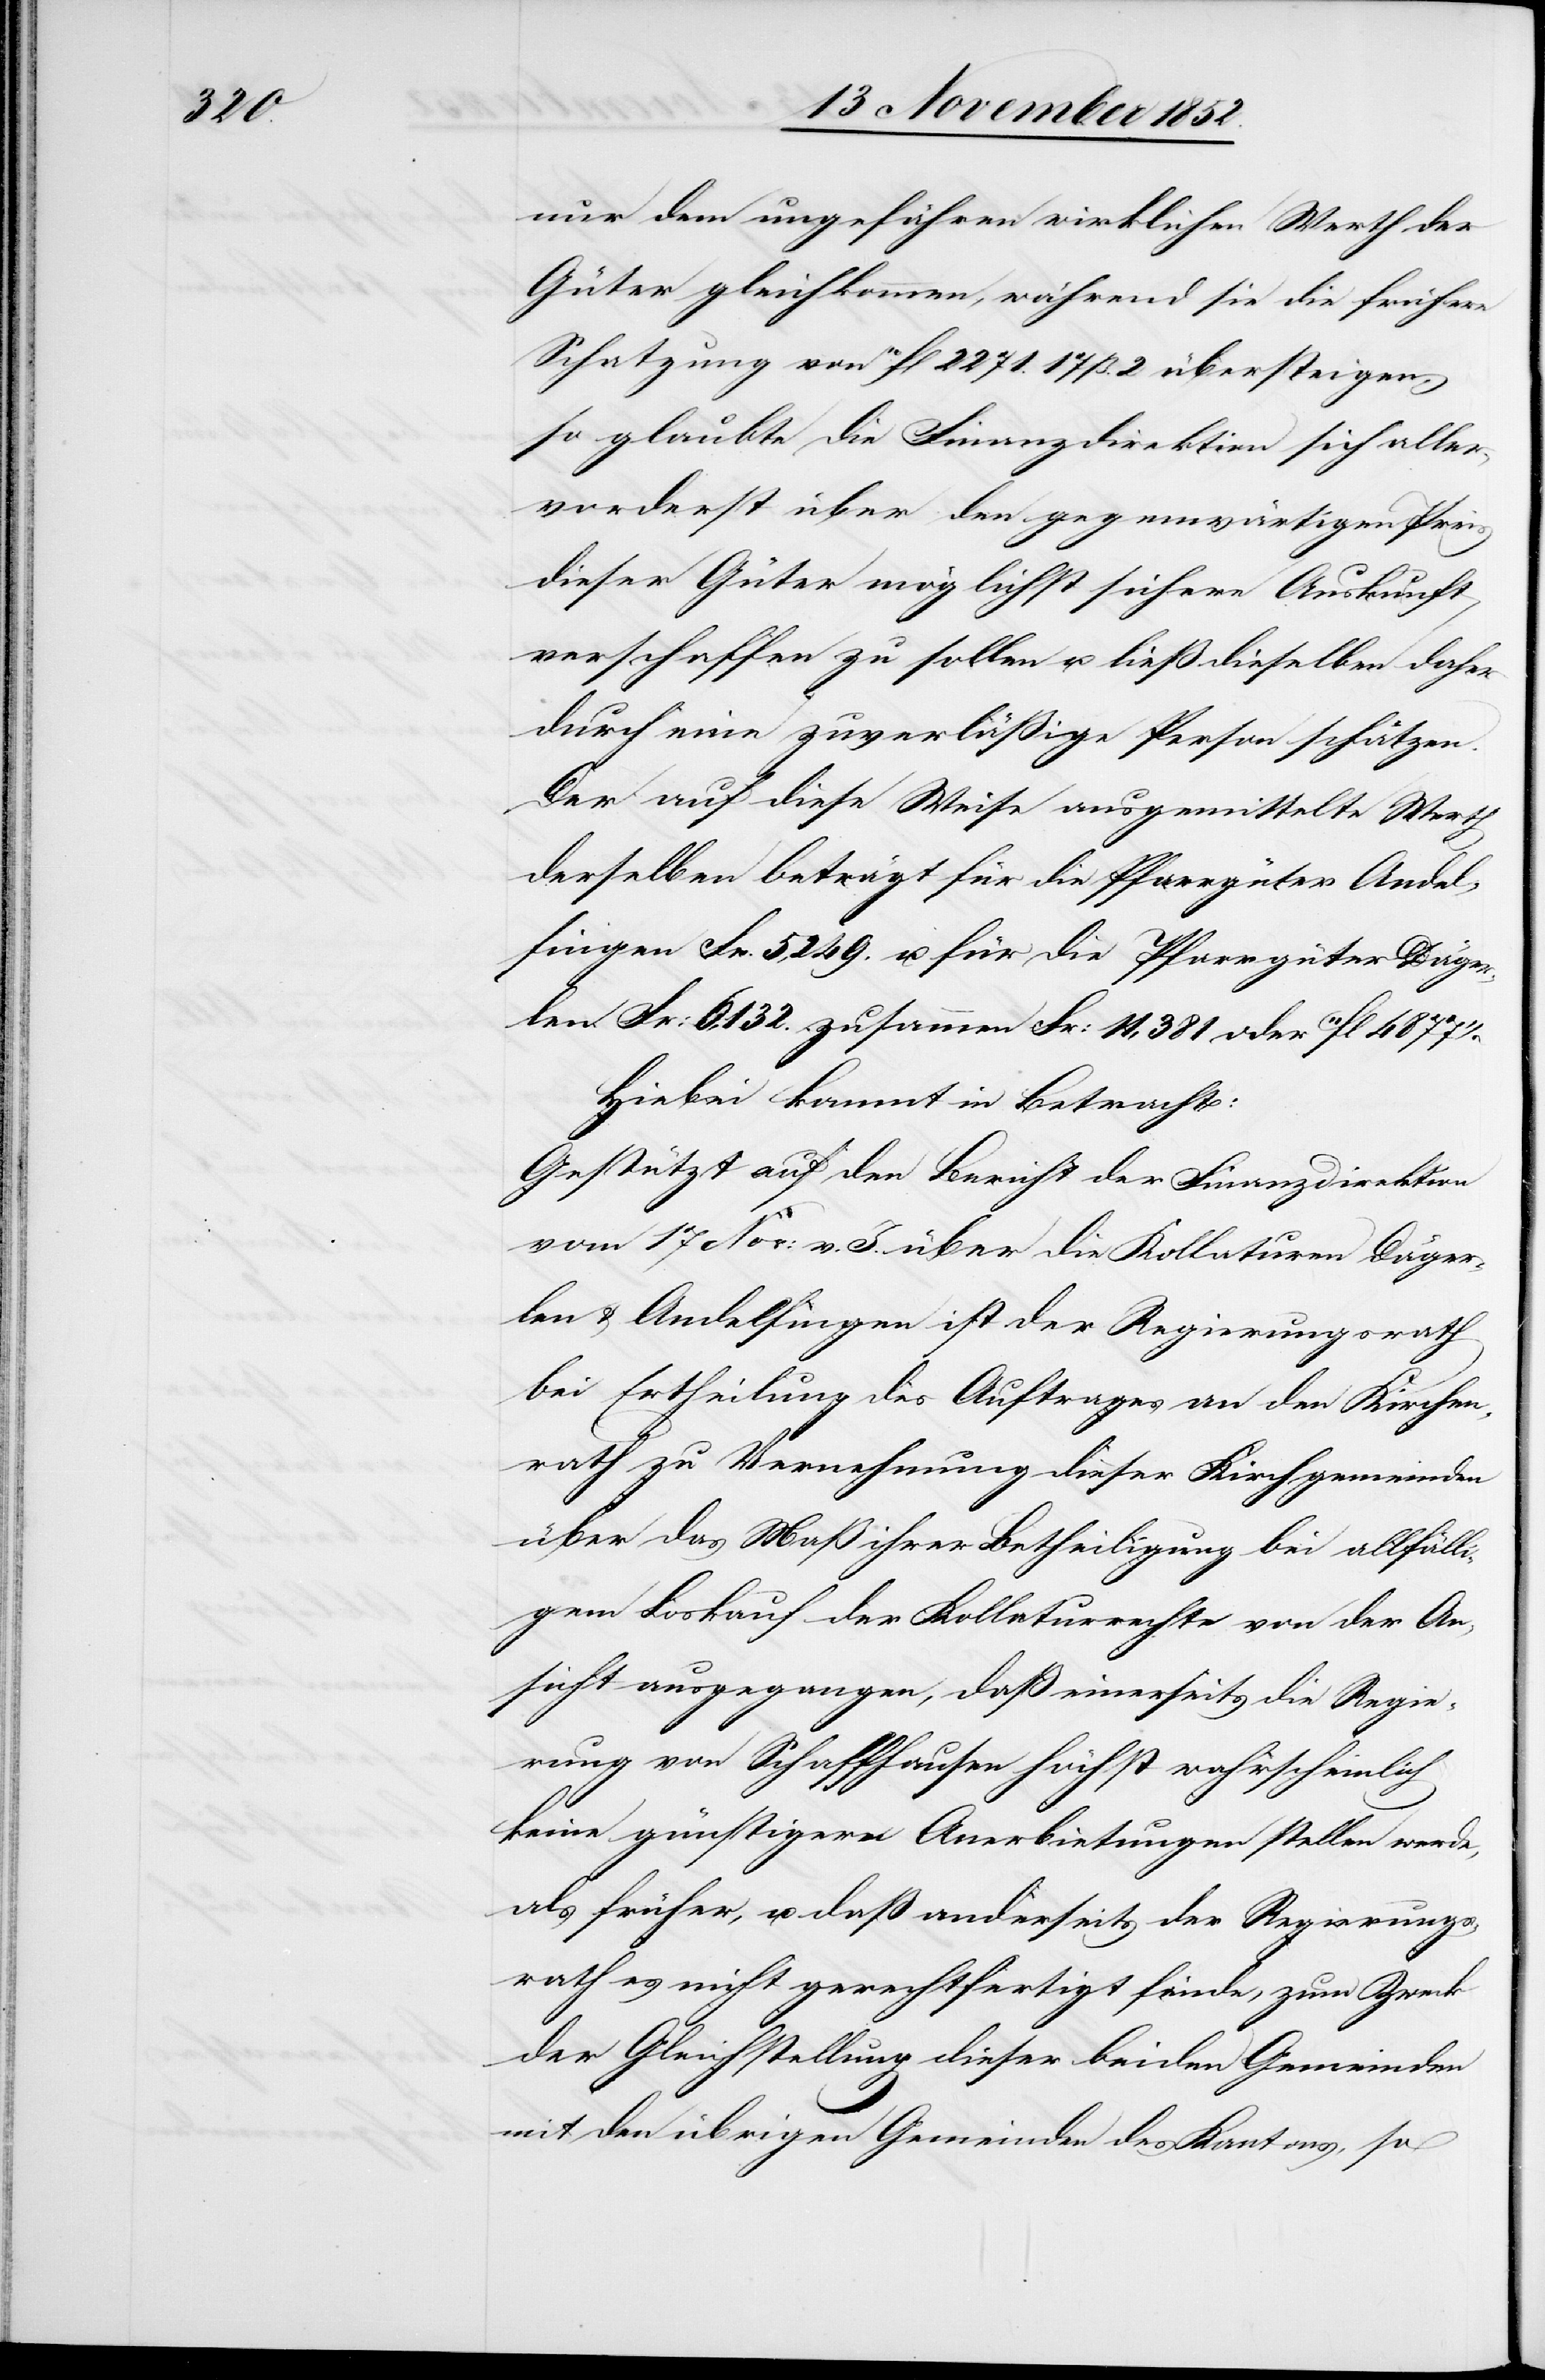
nur dem ungefähren wirklichen Werth der
Güter gleichkommen, während sie die frühere
Schatzung von 10fl 2271. 17 ß. 2 übersteigen,
so glaubte die Finanzdirektion sich aller¬
vorderst über den gegenwärtigen Preis
dieser Güter möglichst sichere Auskunft
verschaffen zu sollen u. ließ dieselben daher
durch eine zuverläßige Person schätzen.
Der auf diese Weise ausgemittelte Werth
derselben beträgt für die Pfarrgüter Andel¬
fingen Fr. 5,249. u. für die Pfarrgüter Däger¬
len Fr: 6,132. zusammen Fr: 11,381 oder 11fl 4877
Hiebei kommt in Betracht:
Gestützt auf den Bericht der Finanzdirektion
vom 17 Nov: v. J. über die Kollaturen Däger¬
len & Andelfingen ist der Regierungsrath
bei Ertheilung des Auftrages an den Kirchen¬
rath zu Vernehmung dieser Kirchgemeinden
über das Maß ihrer Betheiligung bei allfälli¬
gem Loskauf der Kollaturrechte von der An¬
sicht ausgegangen, daß einerseits die Regie¬
rung von Schaffhausen höchst wahrscheinlich
keine günstigern Anerbietungen stellen werde,
als früher, u. daß anderseits der Regierungs¬
rath es nicht gerechtfertigt finde, zum Zweck
der Gleichstellung dieser beiden Gemeinden
mit den übrigen Gemeinden des Kantons, so